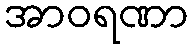
အာဝရဏာ